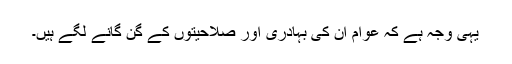
یہی وجہ ہے کہ عوام ان کی بہادری اور صلاحیتوں کے گن گانے لگے ہیں۔